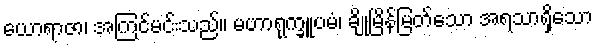
ယောရာဇာ၊ အကြင်မင်းသည်။ မဟာရုက္ခူပမံ၊ ချိုမြိန်မြတ်သော အရသာရှိသော